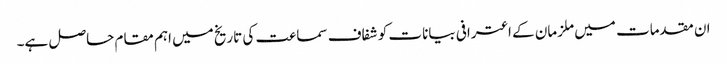
ان مقدمات میں ملزمان کے اعترافی بیانات کو شفاف سماعت کی تاریخ میں اہم مقام حاصل ہے۔